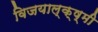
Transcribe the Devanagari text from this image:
विजयाल्क्ष्मी